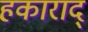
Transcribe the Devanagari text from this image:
हकाराद्